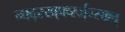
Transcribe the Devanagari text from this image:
न्फ्द्स्ख्र्फ्व्स्ज्न्स्क्ल्